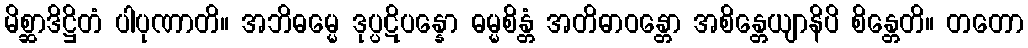
မိစ္ဆာဒိဋ္ဌိတံ ပါပုဏာတိ။ အဘိဓမ္မေ ဒုပ္ပဋိပန္နော ဓမ္မစိန္တံ အတိဓာဝန္တော အစိန္တေယျာနိပိ စိန္တေတိ။ တတော